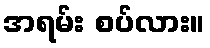
အရမ်း စပ်လား။